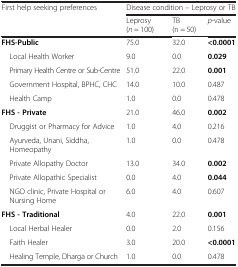
| <ROWSPAN=2> First help seeking preferences | <COLSPAN=3> Disease condition – Leprosy or TB |
 | Leprosy (n = 100) | TB (n = 50) | p-value |
 | --- | --- | --- | --- |
 | FHS-Public | 75.0 | 32.0 | <0.0001 |
 | Local Health Worker | 9.0 | 0.0 | 0.029 |
 | Primary Health Centre or Sub-Centre | 51.0 | 22.0 | 0.001 |
 | Government Hospital, BPHC, CHC | 14.0 | 10.0 | 0.487 |
 | Health Camp | 1.0 | 0.0 | 0.478 |
 | FHS - Private | 21.0 | 46.0 | 0.002 |
 | Druggist or Pharmacy for Advice | 1.0 | 4.0 | 0.216 |
 | Ayurveda, Unani, Siddha, Homeopathy | 1.0 | 0.0 | 0.478 |
 | Private Allopathy Doctor | 13.0 | 34.0 | 0.002 |
 | Private Allopathic Specialist | 0.0 | 4.0 | 0.044 |
 | NGO clinic, Private Hospital or Nursing Home | 6.0 | 4.0 | 0.607 |
 | FHS - Traditional | 4.0 | 22.0 | 0.001 |
 | Local Herbal Healer | 0.0 | 2.0 | 0.156 |
 | Faith Healer | 3.0 | 20.0 | <0.0001 |
 | Healing Temple, Dharga or Church | 1.0 | 0.0 | 0.478 |